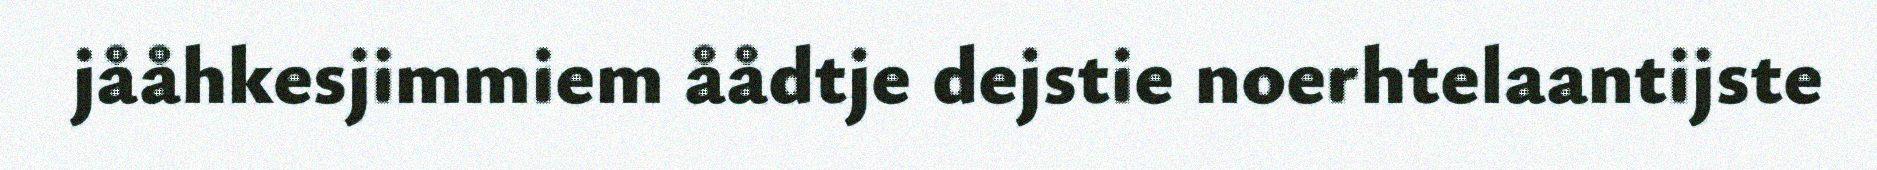
jååhkesjimmiem åådtje dejstie noerhtelaantijste